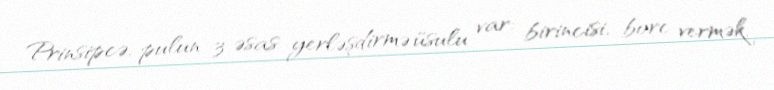
Prinsipcə, pulun 3 əsas yerləşdirmə üsulu var: birincisi, borc vermək,